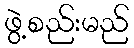
ဖွဲ့စည်းမည်